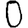
Digit: 0